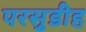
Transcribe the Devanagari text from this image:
परसुडीह